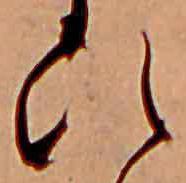
ひ